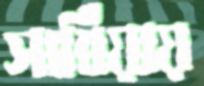
সার্বিয়ায়